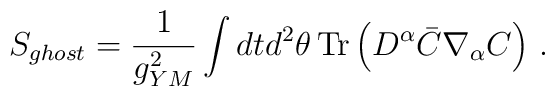
S_{ghost} = {1 \over g^2_{YM}} \int dt d^2\theta \, {\rm Tr} \left(D^\alpha \bar{C} \nabla_\alpha C \right)\,.